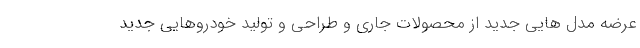
عرضه مدل هایی جدید از محصولات جاری و طراحی و تولید خودروهایی جدید